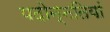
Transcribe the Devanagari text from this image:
पदोन्नतियां